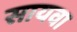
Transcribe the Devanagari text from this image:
सायवा